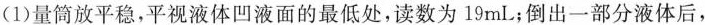
(1)量筒放平稳，平视液体凹液面的最低处，读数为19mL；倒出一部分液体后，